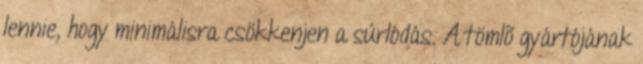
lennie, hogy minimálisra csökkenjen a súrlódás. A tömlõ gyártójának